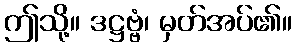
ဤသို့။ ဒဋ္ဌဗ္ဗံ၊ မှတ်အပ်၏။